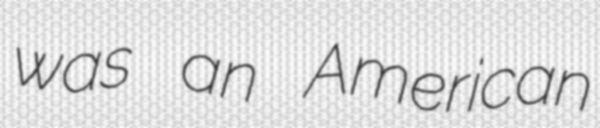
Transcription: was an American